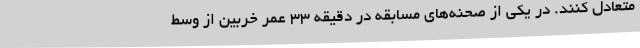
متعادل کنند. در یکی از صحنه‌های مسابقه در دقیقه ۳۳ عمر خربین از وسط